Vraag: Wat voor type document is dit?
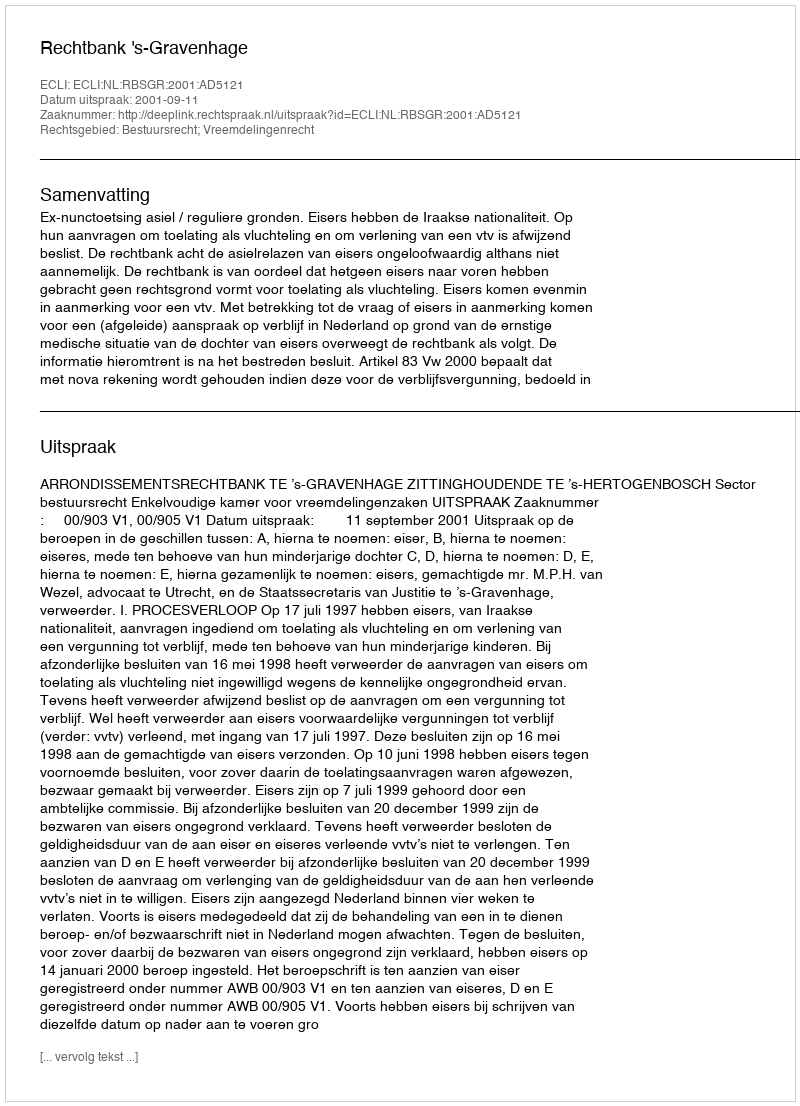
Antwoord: Uitspraak